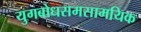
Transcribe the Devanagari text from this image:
युगबोधसमसामयिक